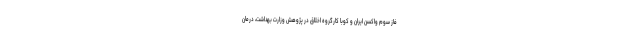
فاز سوم واکسن ایران و کوبا کارگروه اخلاق در پژوهش وزارت بهداشت، درمان